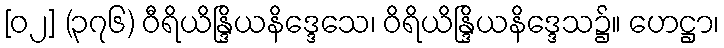
[၀၂] (၃၇၆) ဝီရိယိန္ဒြိယနိဒ္ဒေသေ၊ ဝိရိယိန္ဒြိယနိဒ္ဒေသ၌။ ဟေဋ္ဌာ၊